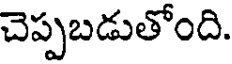
చెప్పబడుతోంది.